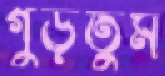
গুঁড়তুম